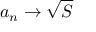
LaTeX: a _ { n } \rightarrow { \sqrt { S } }